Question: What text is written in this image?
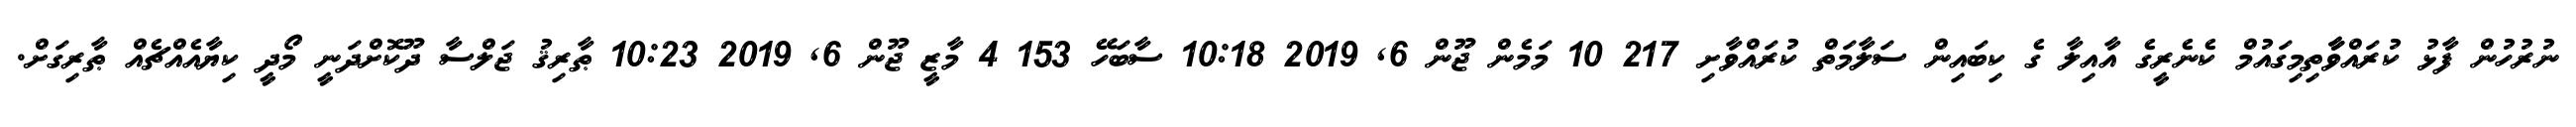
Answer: ނުރުހުން ފާޅު ކުރައްވާާތިމިގައުމް ކެނެރީގެ އާއިލާ ގެ ކިބައިން ސަލާމަތް ކުރައްވާށި 217 10 މަމެން ޖޫން 6, 2019 10:18 ސާބަހޭ 153 4 މާޒީ ޖޫން 6, 2019 10:23 ޠާރިޤު ޖަލްސާ ދޫކޮށްދަނީ މޯދީ ކިޔާއެއްޗެއް ޠާރިގަށް.